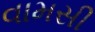
વામસી